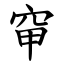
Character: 䆘